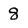
Character: 8